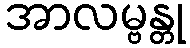
အာလမ္ဗန္တု